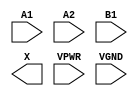
module sky130_fd_sc_hs__o21a (
    //# {{data|Data Signals}}
    input  A1  ,
    input  A2  ,
    input  B1  ,
    output X   ,

    //# {{power|Power}}
    input  VPWR,
    input  VGND
);
endmodule